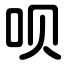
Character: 呗